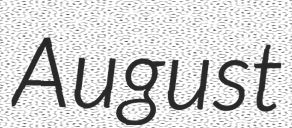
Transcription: August